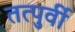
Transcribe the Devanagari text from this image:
तत्‍पुर्वी